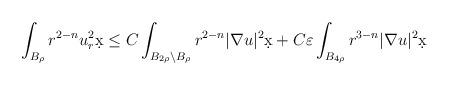
LaTeX: \begin{align*}\int_{B_{\rho}} r^{2-n} u_r^2 \d x &\leq C \int_{B_{2\rho} \setminus B_{\rho}} r^{2-n} |\nabla u|^2 \d x + C \varepsilon \int_{B_{4\rho}} r^{3-n} |\nabla u|^2 \d x\end{align*}